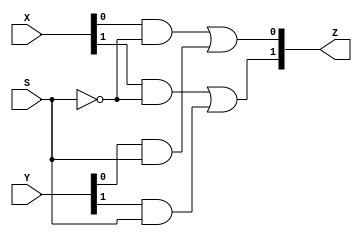
`timescale 1ns / 1ps

module dataflow_mux(X, Y, S, Z);

// Define external wires
input wire [1:0] X;
input wire [1:0] Y;
input wire [0:0] S;
output wire [1:0] Z;

// Logic
assign #3 Z[0] = (X[0] & ~S) | (Y[0] & S);
assign #3 Z[1] = (X[1] & ~S) | (Y[1] & S);

endmodule